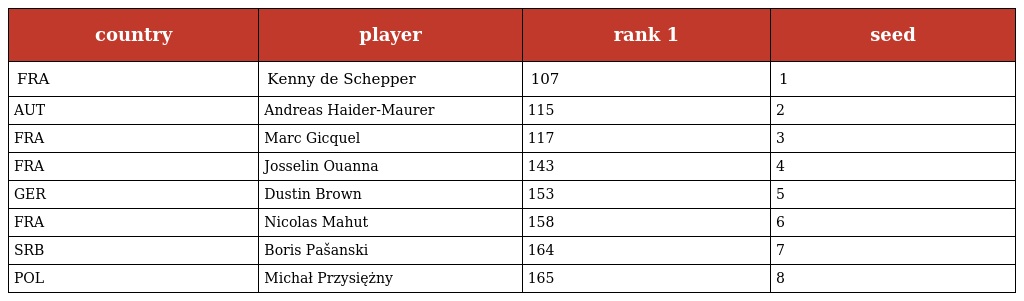
| country | player | rank 1 | seed |
 | --- | --- | --- | --- |
 | FRA | Kenny de Schepper | 107 | 1 |
 | AUT | Andreas Haider-Maurer | 115 | 2 |
 | FRA | Marc Gicquel | 117 | 3 |
 | FRA | Josselin Ouanna | 143 | 4 |
 | GER | Dustin Brown | 153 | 5 |
 | FRA | Nicolas Mahut | 158 | 6 |
 | SRB | Boris Pašanski | 164 | 7 |
 | POL | Michał Przysiężny | 165 | 8 |